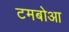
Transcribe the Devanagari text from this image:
टमबोआ